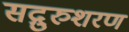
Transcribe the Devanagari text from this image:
सद्गुरुशरण